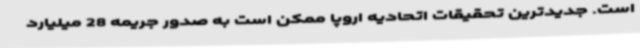
است. جدیدترین تحقیقات اتحادیه اروپا ممکن است به صدور جریمه 28 میلیارد